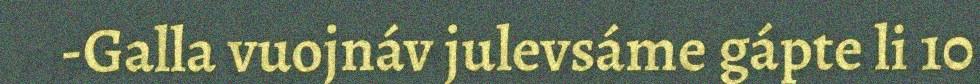
-Galla vuojnáv julevsáme gápte li 10